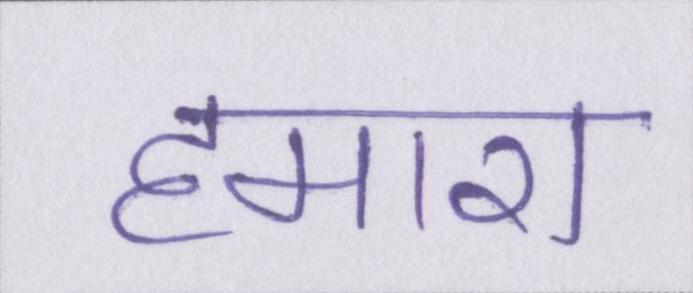
हमारा